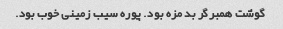
گوشت همبرگر بد مزه بود. پوره سیب زمینی خوب بود.